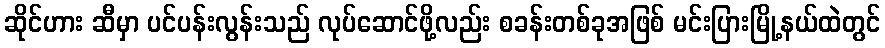
ဆိုင်ဟား ဆီမှာ ပင်ပန်းလွန်းသည် လုပ်ဆောင်ဖို့လည်း စခန်းတစ်ခုအဖြစ် မင်းပြားမြို့နယ်ထဲတွင်